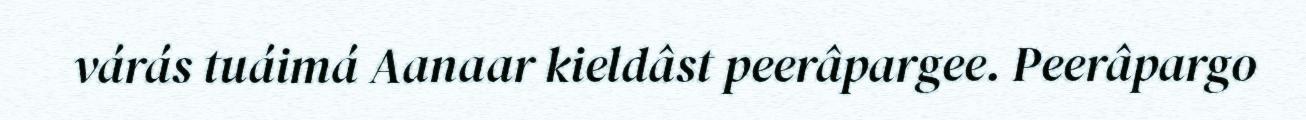
várás tuáimá Aanaar kieldâst peerâpargee. Peerâpargo